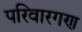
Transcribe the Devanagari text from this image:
परिवारगण